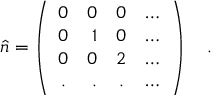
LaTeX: \hat { n } = \left( \begin{array} { c r c l } { { 0 } } & { { 0 } } & { { 0 } } & { { \ldots } } \\ { { 0 } } & { { 1 } } & { { 0 } } & { { \ldots } } \\ { { 0 } } & { { 0 } } & { { 2 } } & { { \ldots } } \\ { { . } } & { { . } } & { { . } } & { { \ldots } } \end{array} \right) ~ ~ ~ .